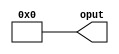
// This program was cloned from: https://github.com/sinkswim/veriloglib
// License: MIT License

module constant_bundle
#(
    parameter WIDTH = 8,
    parameter VALUE = "ZERO"
)
(
    output [WIDTH-1:0] oput
);

generate
    if(VALUE == "ZERO")
        assign oput = {WIDTH{1'b0}};
    else if (VALUE == "ONE")
        assign oput = {WIDTH{1'b1}};
    else if (VALUE == "Z")
        assign oput = {WIDTH{1'bZ}};
    else if (VALUE == "X")
        assign oput = {WIDTH{1'bX}};
endgenerate

endmodule